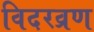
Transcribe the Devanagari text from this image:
विदरव्रण